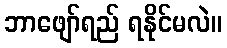
ဘာဖျော်ရည် ရနိုင်မလဲ။